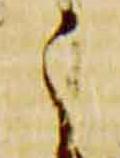
之